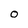
Character: O